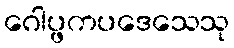
ဂေါပ္ဖကပဒေသေသု